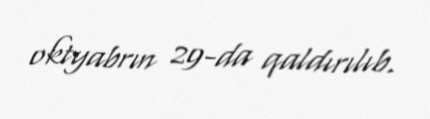
oktyabrın 29-da qaldırılıb.